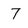
Character: 7